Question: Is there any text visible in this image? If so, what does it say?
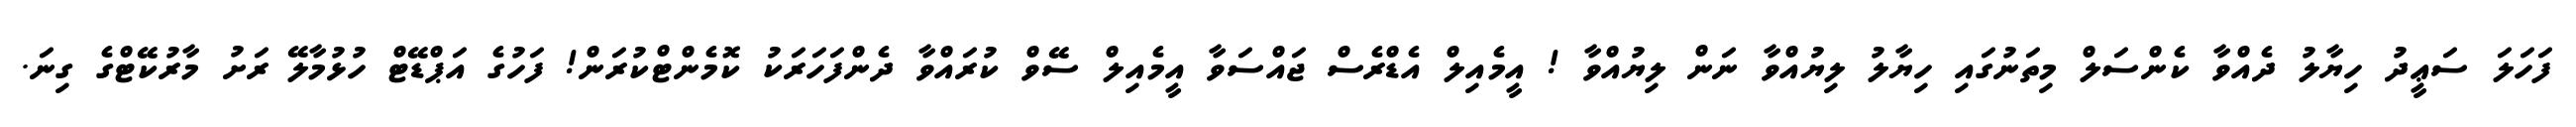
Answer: ފަހަލަ ސަޢީދު ހިޔާލު ދެއްވާ ކެންސަލް މިތަނުގައި ހިޔާލު ލިޔުއްވާ ނަން ލިޔުއްވާ ! އީމެއިލް އެޑްރެސް ޖައްސަވާ އީމެއިލް ސޭވް ކުރައްވާ ދެންފަހަރަކު ކޮމެންޓްކުރަން! ފަހުގެ އަޕްޑޭޓް ހުޅުމާލޭ ރަށު މާރުކޭޓްގެ ގިނަ.